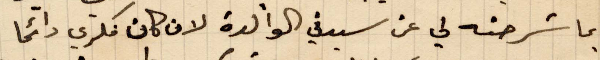
بما شرحته لي عن يديت الوالدة لان كان فكري دائمًا